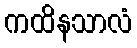
ကထိနသာလံ